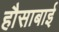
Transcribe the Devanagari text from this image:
हौसाबाई